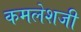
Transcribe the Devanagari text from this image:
कमलेशजी